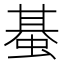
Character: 蜝